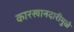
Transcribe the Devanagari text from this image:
कारखानदारीमुळे